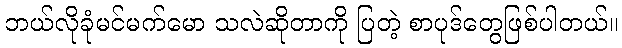
ဘယ်လိုခုံမင်မက်မော သလဲဆိုတာကို ပြတဲ့ စာပုဒ်တွေဖြစ်ပါတယ်။